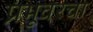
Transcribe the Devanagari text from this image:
प्रभूवरचा